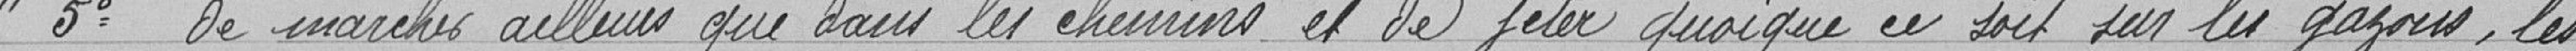
"5° de marcher ailleurs que dans les chemins et de jeter quoi que ce soit sur les gazons, les